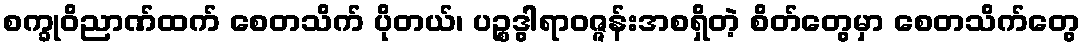
စက္ခုဝိညာဏ်ထက် စေတသိက် ပိုတယ်၊ ပဉ္စဒွါရာဝဇ္ဇန်းအစရှိတဲ့ စိတ်တွေမှာ စေတသိက်တွေ